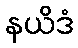
နယိဒံ